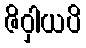
ဇိဝှါယပိ